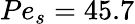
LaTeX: Pe_{s}=45.7